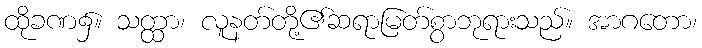
ထိုခဏ၌။ သတ္ထာ၊ လူနတ်တို့၏ဆရာမြတ်စွာဘုရားသည်။ အာဂတော၊